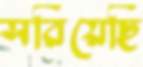
সরিয়েছি